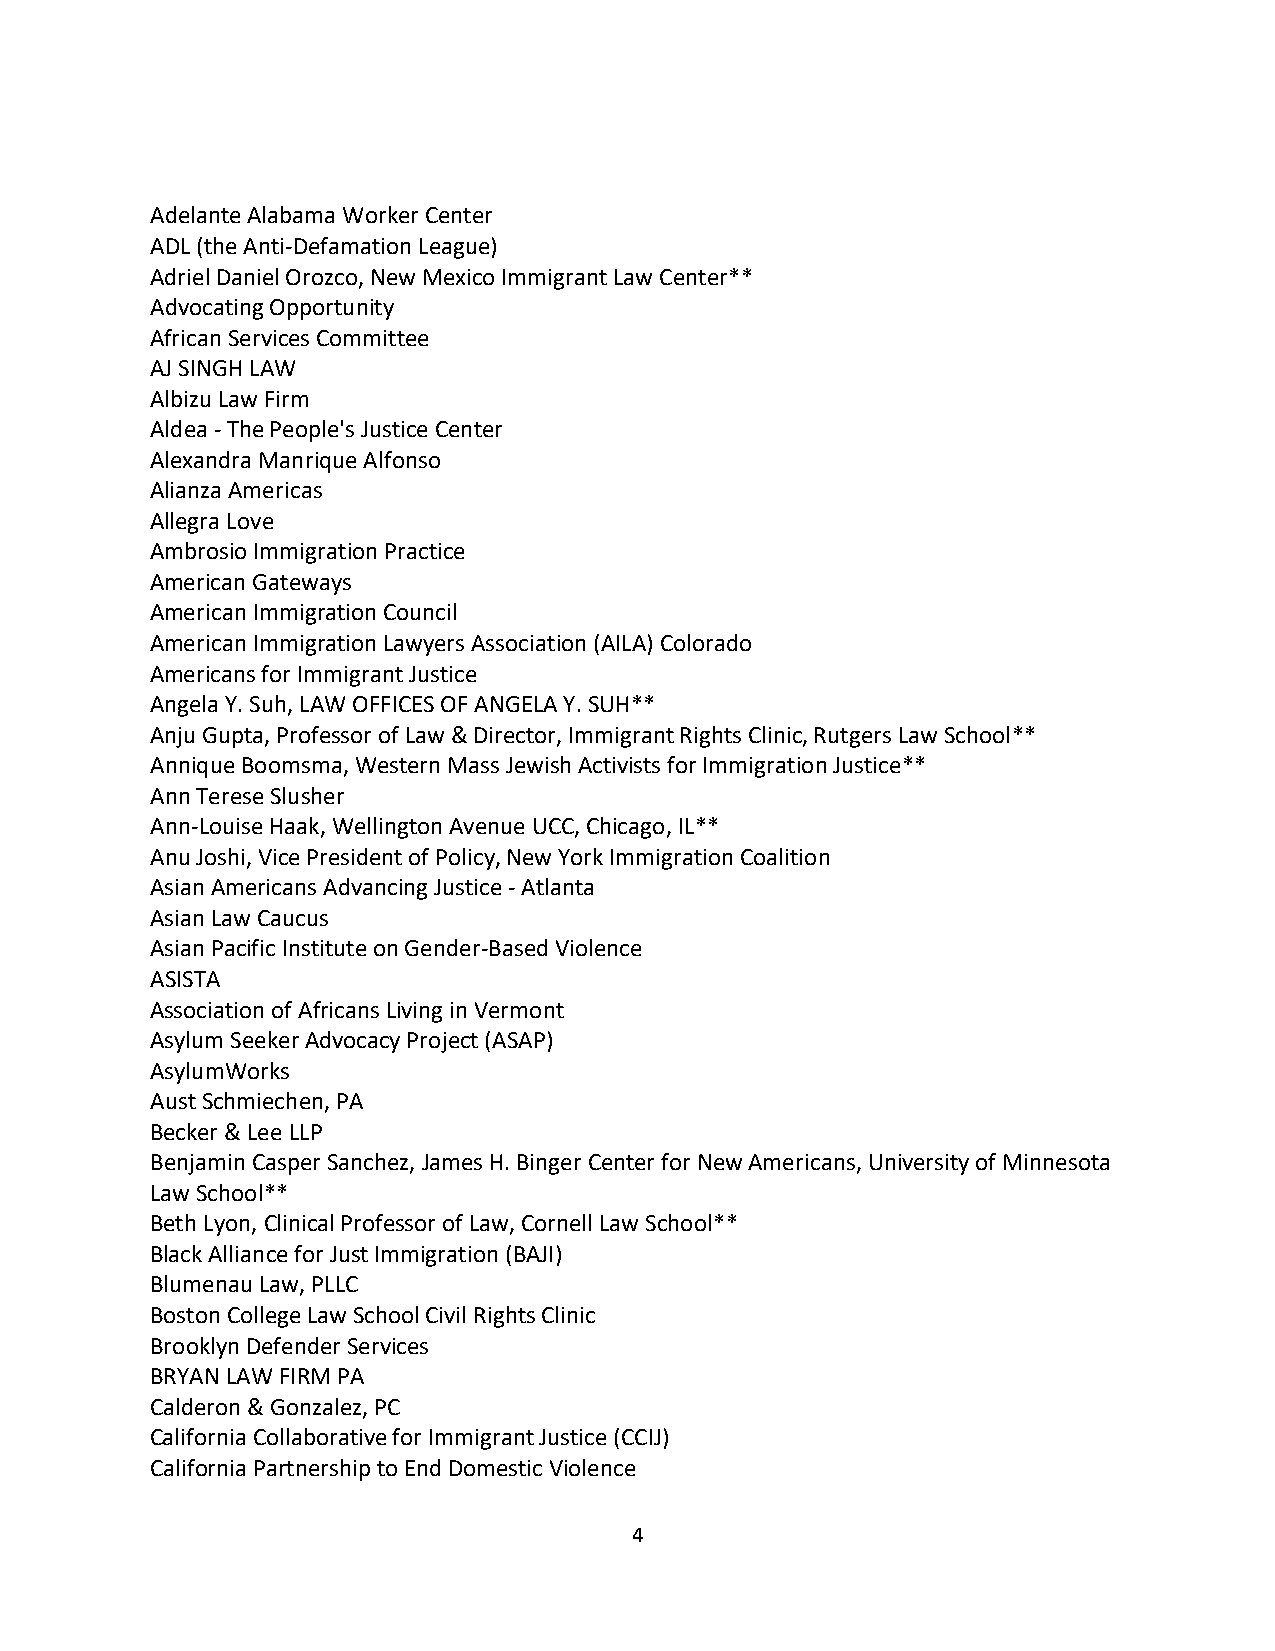
Adelante Alabama Worker Center
 ADL (the Anti-Defamation League)
 Adriel Daniel Orozco, New Mexico Immigrant Law Center**
 Advocating Opportunity
 African Services Committee
 AJ SINGH LAW
 Albizu Law Firm
 Aldea - The People's Justice Center
 Alexandra Manrique Alfonso
 Alianza Americas
 Allegra Love
 Ambrosio Immigration Practice
 American Gateways
 American Immigration Council
 American Immigration Lawyers Association (AILA) Colorado
 Americans for Immigrant Justice
 Angela Y. Suh, LAW OFFICES OF ANGELA Y. SUH**
 Anju Gupta, Professor of Law & Director, Immigrant Rights Clinic, Rutgers Law School**
 Annique Boomsma, Western Mass Jewish Activists for Immigration Justice**
 Ann Terese Slusher
 Ann-Louise Haak, Wellington Avenue UCC, Chicago, IL**
 Anu Joshi, Vice President of Policy, New York Immigration Coalition
 Asian Americans Advancing Justice - Atlanta
 Asian Law Caucus
 Asian Pacific Institute on Gender-Based Violence
 ASISTA
 Association of Africans Living in Vermont
 Asylum Seeker Advocacy Project (ASAP)
 AsylumWorks
 Aust Schmiechen, PA
 Becker & Lee LLP
 Benjamin Casper Sanchez, James H. Binger Center for New Americans, University of Minnesota
 Law School**
 Beth Lyon, Clinical Professor of Law, Cornell Law School**
 Black Alliance for Just Immigration (BAJI)
 Blumenau Law, PLLC
 Boston College Law School Civil Rights Clinic
 Brooklyn Defender Services
 BRYAN LAW FIRM PA
 Calderon & Gonzalez, PC
 California Collaborative for Immigrant Justice (CCIJ)
 California Partnership to End Domestic Violence
 4